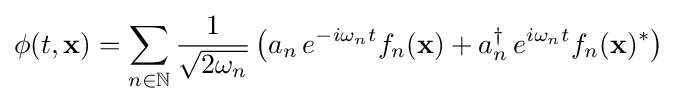
\phi (t,\mathbf {x} )=\sum _{n\in \mathbb {N} }{\frac {1}{\sqrt {2\omega _{n}}}}\left(a_{n}\,e^{-i\omega _{n}t}f_{n}(\mathbf {x} )+a_{n}^{\dagger }\,e^{i\omega _{n}t}f_{n}(\mathbf {x} )^{*}\right)